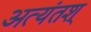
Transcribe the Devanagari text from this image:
अत्यंतश्